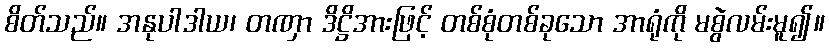
စိတ်သည်။ အနုပါဒါယ၊ တဏှာ ဒိဋ္ဌိအားဖြင့် တစ်စုံတစ်ခုသော အာရုံကို မစွဲလမ်းမူ၍။